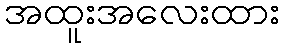
အထူးအလေးထား